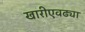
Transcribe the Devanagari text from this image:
खारीएवढ्या